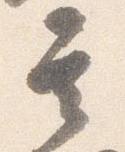
其